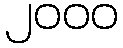
၂၀၀၀